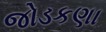
જોડકણા